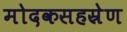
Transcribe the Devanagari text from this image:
मोदकसहस्रेण